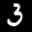
Label: 3